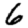
Digit: 6